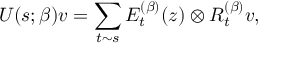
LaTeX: U ( s ; \beta ) v = \sum _ { t \sim s } E _ { t } ^ { ( \beta ) } ( z ) \otimes R _ { t } ^ { ( \beta ) } v ,